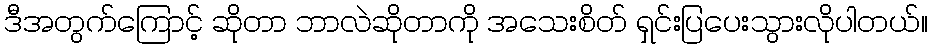
ဒီအတွက်ကြောင့် ဆိုတာ ဘာလဲဆိုတာကို အသေးစိတ် ရှင်းပြပေးသွားလိုပါတယ်။